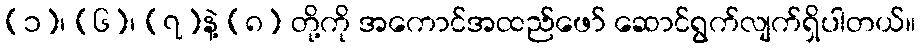
(၁)၊ (၆)၊ (၇)နဲ့ (၈) တို့ကို အကောင်အထည်ဖော် ဆောင်ရွက်လျက်ရှိပါတယ်။